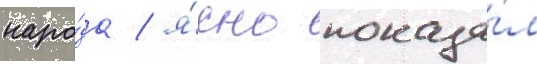
наро́да / я́сно показа́л